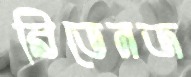
রিভেনজ